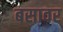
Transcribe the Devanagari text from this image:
बसावर